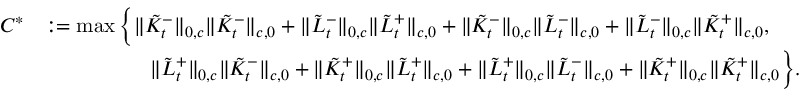
\begin{array} { r l } { C ^ { * } } & { : = \operatorname* { m a x } \bigg \{ \| \tilde { K } _ { t } ^ { - } \| _ { 0 , c } \| \tilde { K } _ { t } ^ { - } \| _ { c , 0 } + \| \tilde { L } _ { t } ^ { - } \| _ { 0 , c } \| \tilde { L } _ { t } ^ { + } \| _ { c , 0 } + \| \tilde { K } _ { t } ^ { - } \| _ { 0 , c } \| \tilde { L } _ { t } ^ { - } \| _ { c , 0 } + \| \tilde { L } _ { t } ^ { - } \| _ { 0 , c } \| \tilde { K } _ { t } ^ { + } \| _ { c , 0 } , } \\ & { \qquad \qquad \quad \| \tilde { L } _ { t } ^ { + } \| _ { 0 , c } \| \tilde { K } _ { t } ^ { - } \| _ { c , 0 } + \| \tilde { K } _ { t } ^ { + } \| _ { 0 , c } \| \tilde { L } _ { t } ^ { + } \| _ { c , 0 } + \| \tilde { L } _ { t } ^ { + } \| _ { 0 , c } \| \tilde { L } _ { t } ^ { - } \| _ { c , 0 } + \| \tilde { K } _ { t } ^ { + } \| _ { 0 , c } \| \tilde { K } _ { t } ^ { + } \| _ { c , 0 } \bigg \} . } \end{array}